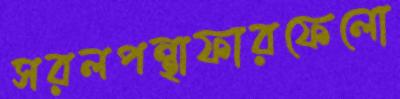
সরলপন্থাফারফেলো